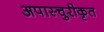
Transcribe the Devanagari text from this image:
अपास्चुरीकृत